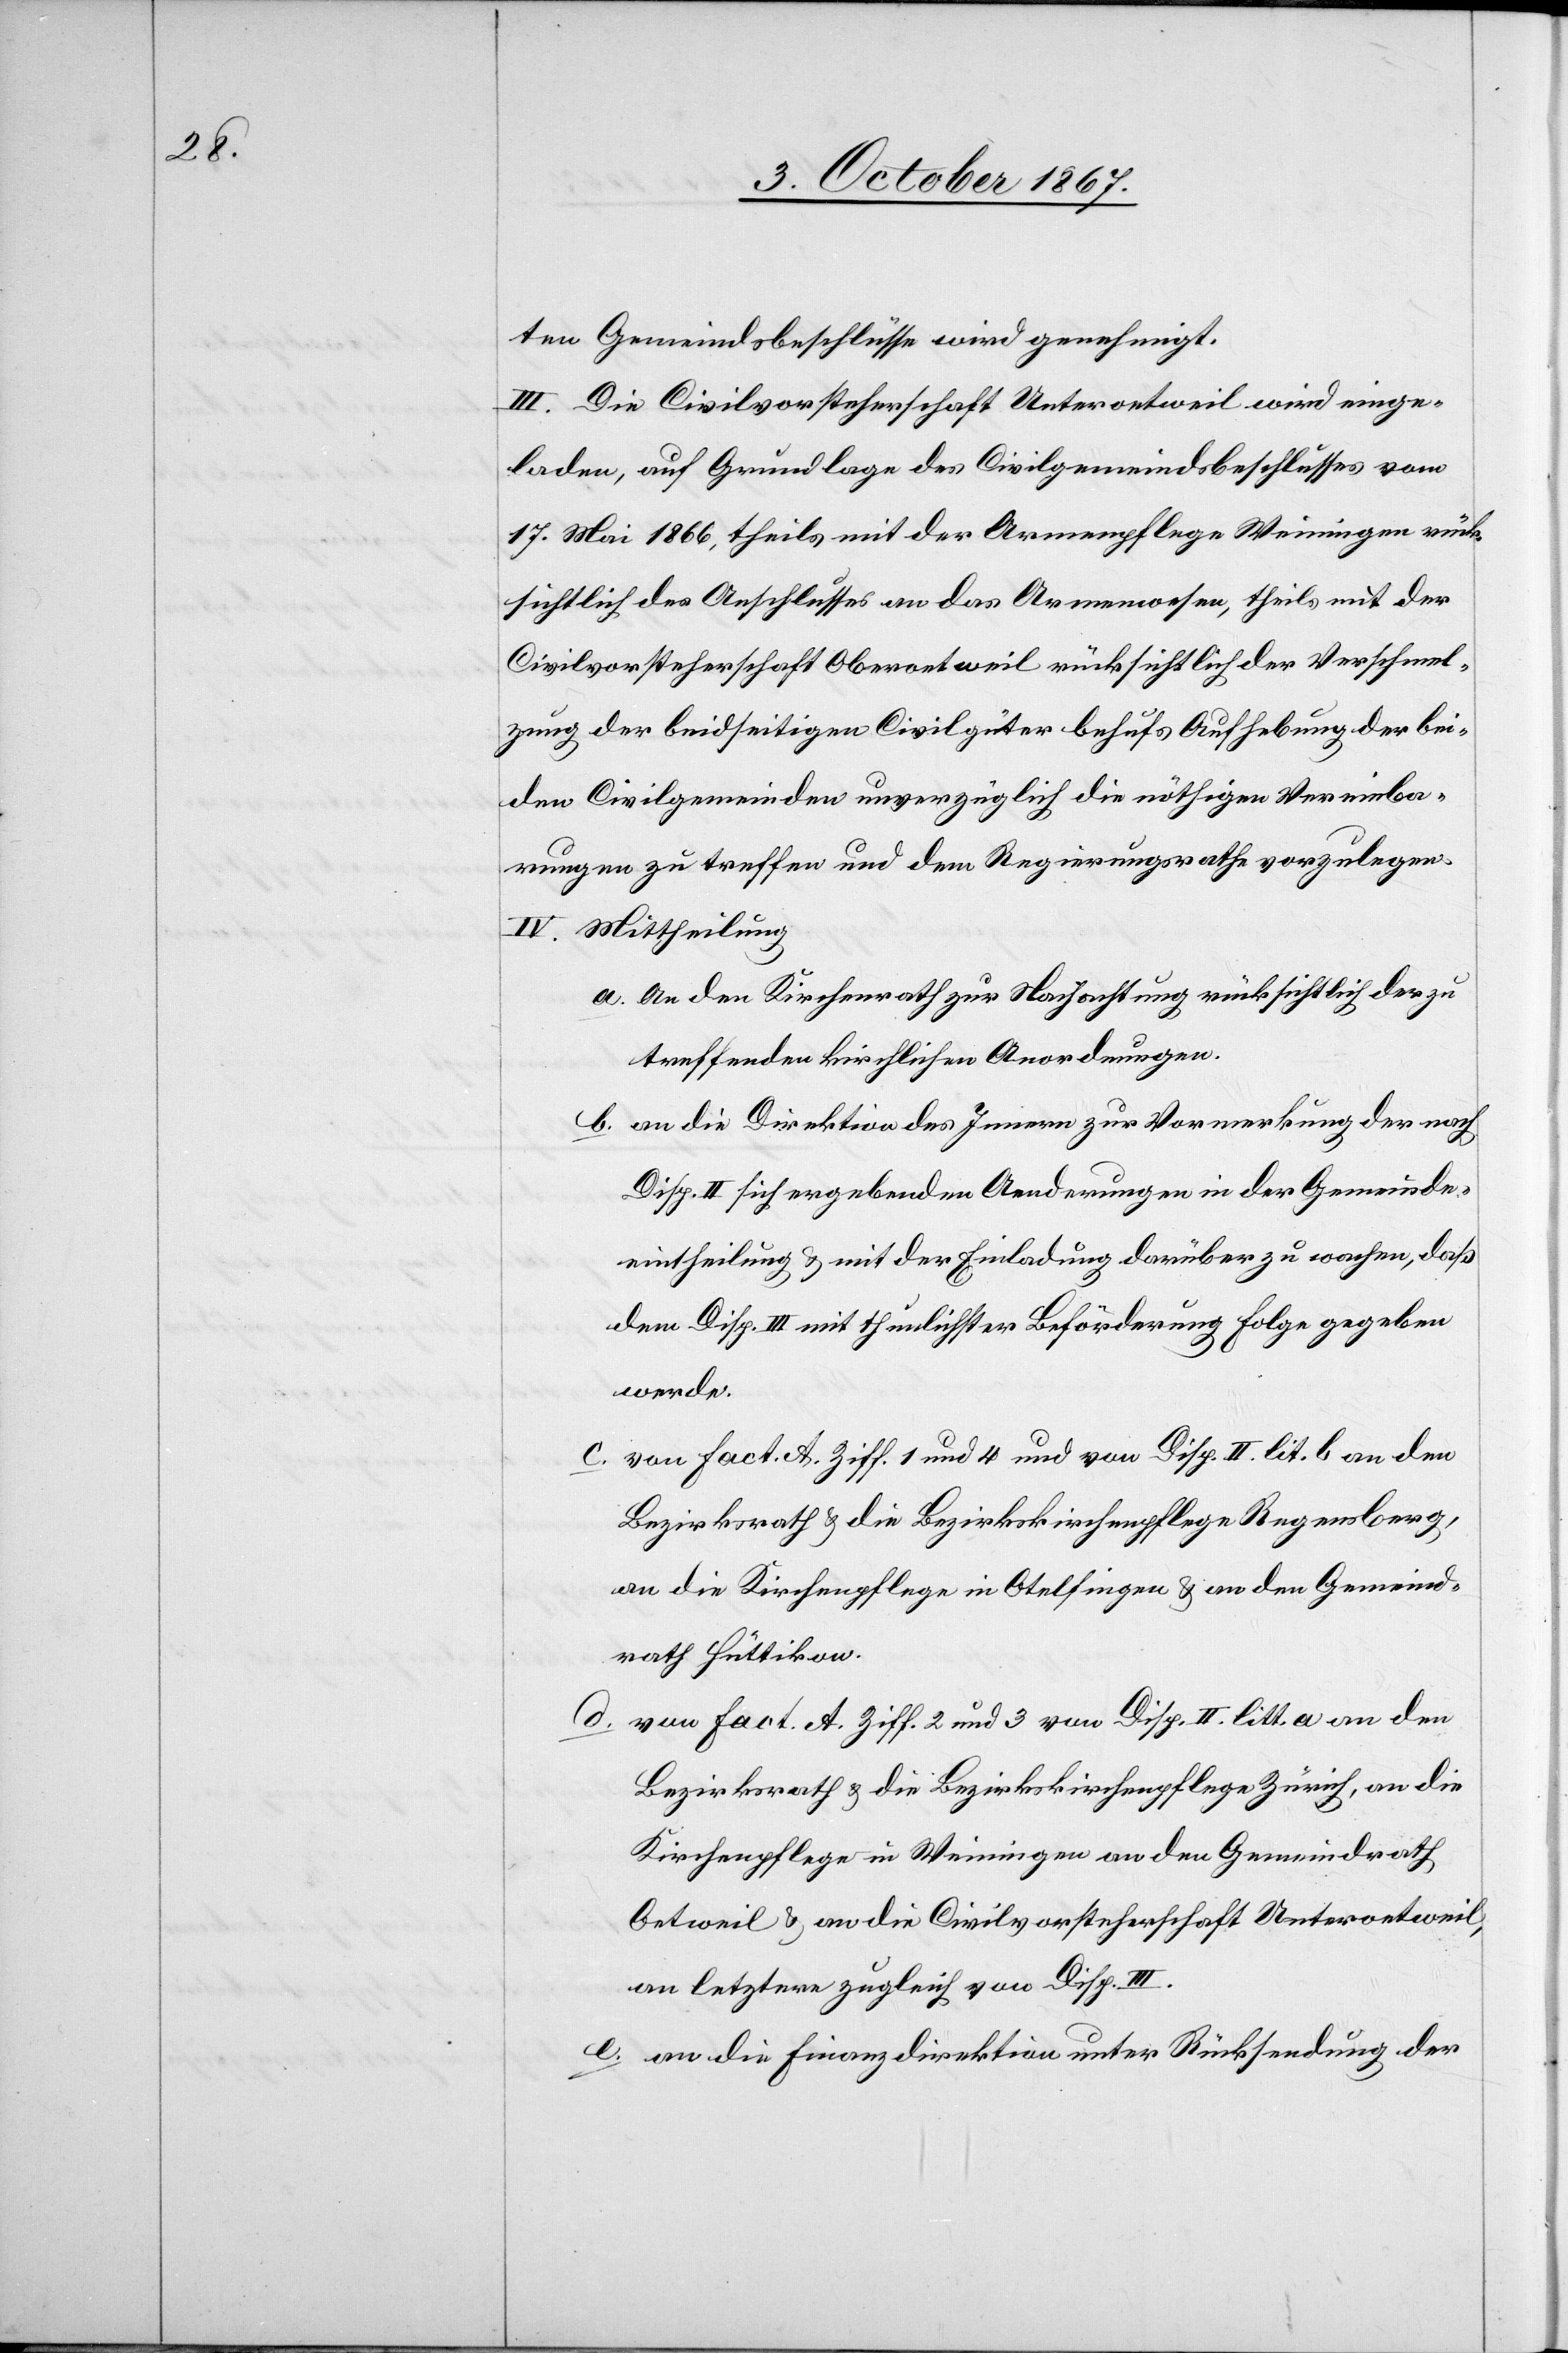
ten Gemeindsbeschlüsse wird genehmigt.
III. Die Civilvorsteherschaft Unteroetweil wird einge¬
laden, auf Grundlage des Civilgemeindsbeschlusses vom
17. Mai 1866, theils mit der Armenpflege Weiningen rück¬
sichtlich des Anschlusses an das Armenwesen, theils mit der
Civilvorsteherschaft Oberoetweil rücksichtlich der Verschmel¬
zung der beidseitigen Civilgüter behufs Aufhebung der bei¬
den Civilgemeinden unverzüglich die nöthigen Vereinba¬
rungen zu treffen und dem Regierungsrathe vorzulegen.
IV. Mittheilung
a. An den Kirchenrath zur Nachachtung rücksichtlich der zu
treffenden kirchlichen Anordnungen.
b. an die Direktion des Innern zur Vormerkung der nach
Disp. II sich ergebenden Aenderungen in der Gemeinde¬
eintheilung u. mit der Einladung darüber zu wachen, daß
dem Disp. III mit thunlichster Beförderung Folge gegeben
werde.
c. von Fact. A. Ziff. 1 und 4 und von Disp. II lit. b an den
Bezirksrath u. die Bezirkskirchenpflege Regensberg,
an die Kirchenpflege in Otelfingen u. an den Gemeind¬
rath Hüttikon.
d.
von Fact. A Ziff. 2 und 3 von Disp. II litt. a an den
Bezirksrath u. die Bezirkskirchenpflege Zürich, an die
Kirchenpflege in Weiningen und an den Gemeindrath
Oetweil u. an die Civilvorsteherschaft Unteroetweil,
an letztere zugleich von Disp. III.
e. an die Finanzdirektion unter Rücksendung der